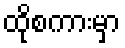
ထိုစကားမှာ